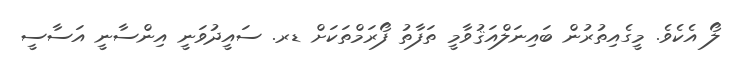
ލޯ އެކެވެ. މީގެއިތުރުން ބައިނަލްއަޤުވާމީ ތަފާތު ފޯރަމްތަކަށް ޑރ. ސައީދުވަނީ އިންސާނީ އަސާސީ